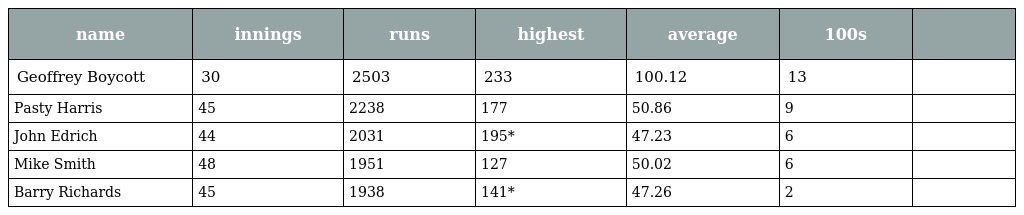
| name | innings | runs | highest | average | 100s |  |
 | --- | --- | --- | --- | --- | --- | --- |
 | Geoffrey Boycott | 30 | 2503 | 233 | 100.12 | 13 |  |
 | Pasty Harris | 45 | 2238 | 177 | 50.86 | 9 |  |
 | John Edrich | 44 | 2031 | 195* | 47.23 | 6 |  |
 | Mike Smith | 48 | 1951 | 127 | 50.02 | 6 |  |
 | Barry Richards | 45 | 1938 | 141* | 47.26 | 2 |  |